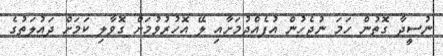
ނުސީދާ ގޮތުން ހަމަ ނުޖެހުން އުފެއްދުމަށާއި ލޭ އޮހުރުވުމަށް ގޮވާލި ކަމަށް ދައުލަތުގެ